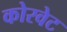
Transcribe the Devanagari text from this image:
कोरवेट